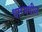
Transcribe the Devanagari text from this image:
धारमधील